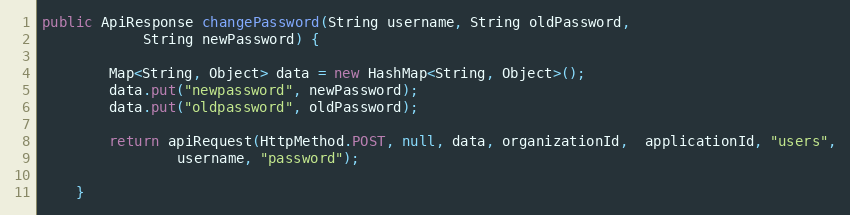
Language: Java
public ApiResponse changePassword(String username, String oldPassword,
            String newPassword) {

        Map<String, Object> data = new HashMap<String, Object>();
        data.put("newpassword", newPassword);
        data.put("oldpassword", oldPassword);

        return apiRequest(HttpMethod.POST, null, data, organizationId,  applicationId, "users",
                username, "password");

    }